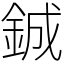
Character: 鋮